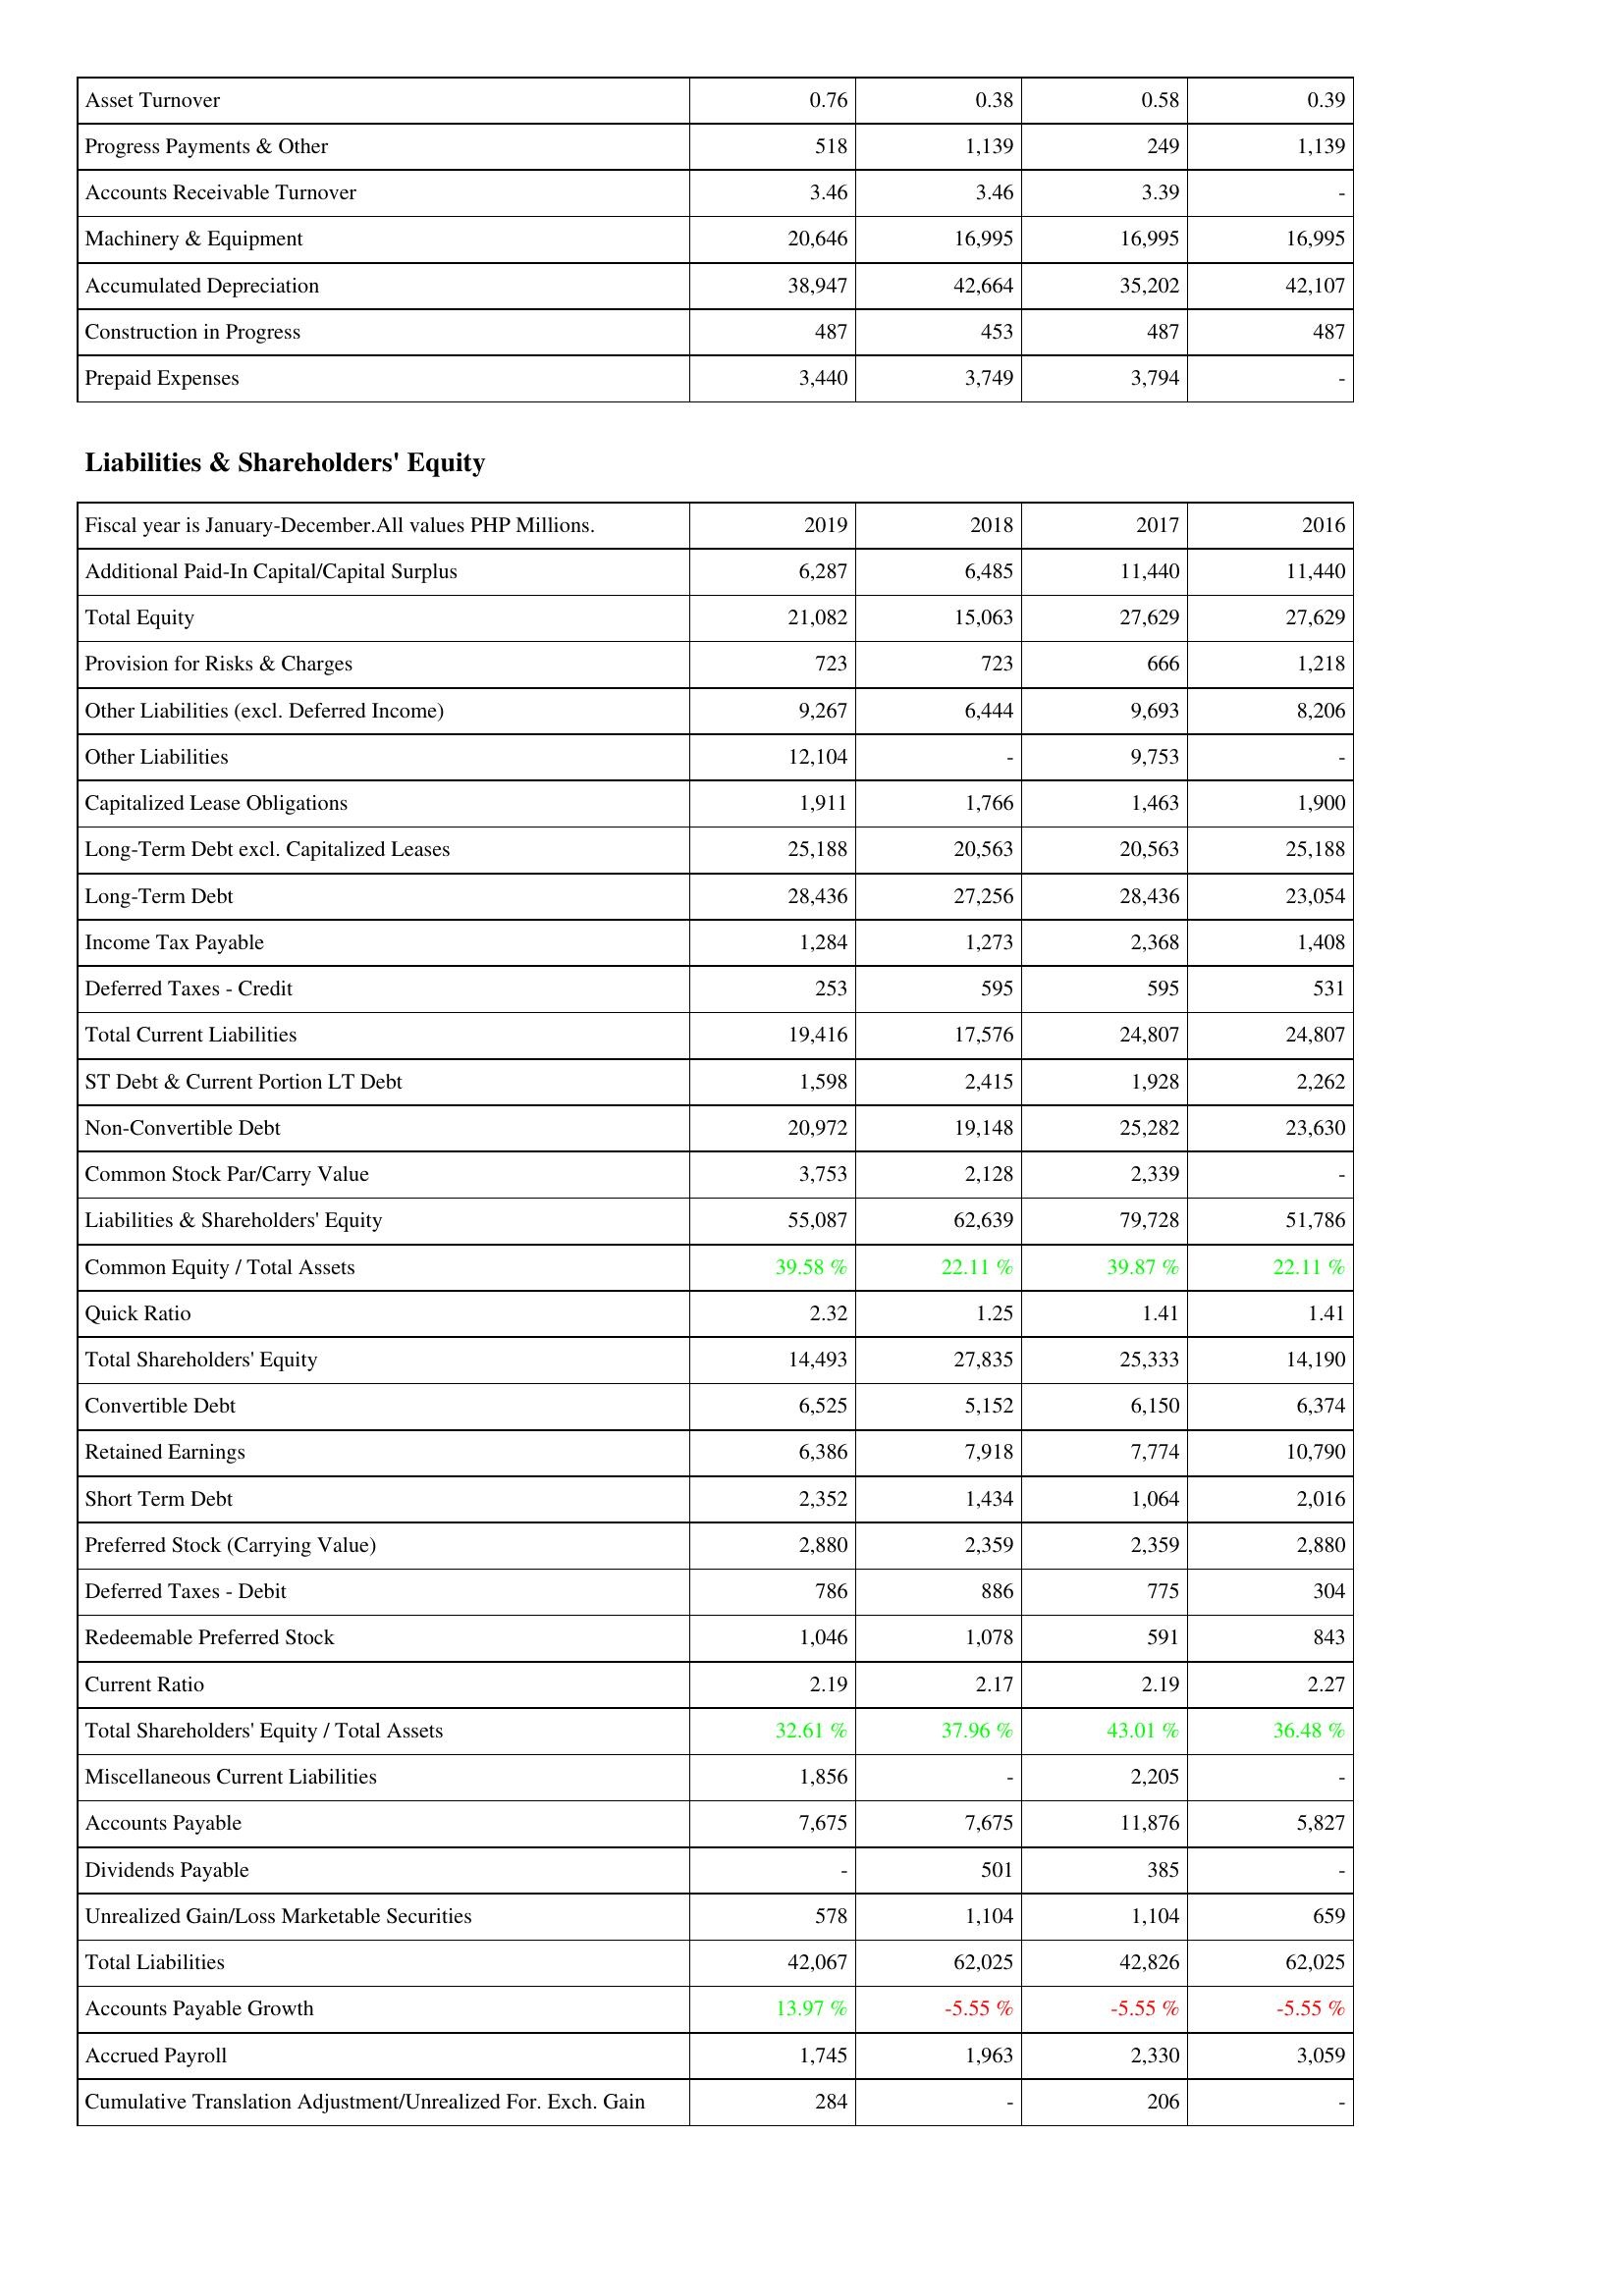
2019: Assets: Asset Turnover: 0.76
Progress Payments & Other: 518
Accounts Receivable Turnover: 3.46
Machinery & Equipment: 20,646
Accumulated Depreciation: 38,947
Construction in Progress: 487
Prepaid Expenses: 3,440
Liabilities & Shareholders' Equity: Additional Paid-In Capital/Capital Surplus: 6,287
Total Equity: 21,082
Provision for Risks & Charges: 723
Other Liabilities (excl. Deferred Income): 9,267
Other Liabilities: 12,104
Capitalized Lease Obligations: 1,911
Long-Term Debt excl. Capitalized Leases: 25,188
Long-Term Debt: 28,436
Income Tax Payable: 1,284
Deferred Taxes - Credit: 253
Total Current Liabilities: 19,416
ST Debt & Current Portion LT Debt: 1,598
Non-Convertible Debt: 20,972
Common Stock Par/Carry Value: 3,753
Liabilities & Shareholders' Equity: 55,087
Common Equity / Total Assets: 39.58 %
Quick Ratio: 2.32
Total Shareholders' Equity: 14,493
Convertible Debt: 6,525
Retained Earnings: 6,386
Short Term Debt: 2,352
Preferred Stock (Carrying Value): 2,880
Deferred Taxes - Debit: 786
Redeemable Preferred Stock: 1,046
Current Ratio: 2.19
Total Shareholders' Equity / Total Assets: 32.61 %
Miscellaneous Current Liabilities: 1,856
Accounts Payable: 7,675
Dividends Payable: -
Unrealized Gain/Loss Marketable Securities: 578
Total Liabilities: 42,067
Accounts Payable Growth: 13.97 %
Accrued Payroll: 1,745
Cumulative Translation Adjustment/Unrealized For. Exch. Gain: 284
2018: Assets: Asset Turnover: 0.38
Progress Payments & Other: 1,139
Accounts Receivable Turnover: 3.46
Machinery & Equipment: 16,995
Accumulated Depreciation: 42,664
Construction in Progress: 453
Prepaid Expenses: 3,749
Liabilities & Shareholders' Equity: Additional Paid-In Capital/Capital Surplus: 6,485
Total Equity: 15,063
Provision for Risks & Charges: 723
Other Liabilities (excl. Deferred Income): 6,444
Other Liabilities: -
Capitalized Lease Obligations: 1,766
Long-Term Debt excl. Capitalized Leases: 20,563
Long-Term Debt: 27,256
Income Tax Payable: 1,273
Deferred Taxes - Credit: 595
Total Current Liabilities: 17,576
ST Debt & Current Portion LT Debt: 2,415
Non-Convertible Debt: 19,148
Common Stock Par/Carry Value: 2,128
Liabilities & Shareholders' Equity: 62,639
Common Equity / Total Assets: 22.11 %
Quick Ratio: 1.25
Total Shareholders' Equity: 27,835
Convertible Debt: 5,152
Retained Earnings: 7,918
Short Term Debt: 1,434
Preferred Stock (Carrying Value): 2,359
Deferred Taxes - Debit: 886
Redeemable Preferred Stock: 1,078
Current Ratio: 2.17
Total Shareholders' Equity / Total Assets: 37.96 %
Miscellaneous Current Liabilities: -
Accounts Payable: 7,675
Dividends Payable: 501
Unrealized Gain/Loss Marketable Securities: 1,104
Total Liabilities: 62,025
Accounts Payable Growth: -5.55 %
Accrued Payroll: 1,963
Cumulative Translation Adjustment/Unrealized For. Exch. Gain: -
2017: Assets: Asset Turnover: 0.58
Progress Payments & Other: 249
Accounts Receivable Turnover: 3.39
Machinery & Equipment: 16,995
Accumulated Depreciation: 35,202
Construction in Progress: 487
Prepaid Expenses: 3,794
Liabilities & Shareholders' Equity: Additional Paid-In Capital/Capital Surplus: 11,440
Total Equity: 27,629
Provision for Risks & Charges: 666
Other Liabilities (excl. Deferred Income): 9,693
Other Liabilities: 9,753
Capitalized Lease Obligations: 1,463
Long-Term Debt excl. Capitalized Leases: 20,563
Long-Term Debt: 28,436
Income Tax Payable: 2,368
Deferred Taxes - Credit: 595
Total Current Liabilities: 24,807
ST Debt & Current Portion LT Debt: 1,928
Non-Convertible Debt: 25,282
Common Stock Par/Carry Value: 2,339
Liabilities & Shareholders' Equity: 79,728
Common Equity / Total Assets: 39.87 %
Quick Ratio: 1.41
Total Shareholders' Equity: 25,333
Convertible Debt: 6,150
Retained Earnings: 7,774
Short Term Debt: 1,064
Preferred Stock (Carrying Value): 2,359
Deferred Taxes - Debit: 775
Redeemable Preferred Stock: 591
Current Ratio: 2.19
Total Shareholders' Equity / Total Assets: 43.01 %
Miscellaneous Current Liabilities: 2,205
Accounts Payable: 11,876
Dividends Payable: 385
Unrealized Gain/Loss Marketable Securities: 1,104
Total Liabilities: 42,826
Accounts Payable Growth: -5.55 %
Accrued Payroll: 2,330
Cumulative Translation Adjustment/Unrealized For. Exch. Gain: 206
2016: Assets: Asset Turnover: 0.39
Progress Payments & Other: 1,139
Accounts Receivable Turnover: -
Machinery & Equipment: 16,995
Accumulated Depreciation: 42,107
Construction in Progress: 487
Prepaid Expenses: -
Liabilities & Shareholders' Equity: Additional Paid-In Capital/Capital Surplus: 11,440
Total Equity: 27,629
Provision for Risks & Charges: 1,218
Other Liabilities (excl. Deferred Income): 8,206
Other Liabilities: -
Capitalized Lease Obligations: 1,900
Long-Term Debt excl. Capitalized Leases: 25,188
Long-Term Debt: 23,054
Income Tax Payable: 1,408
Deferred Taxes - Credit: 531
Total Current Liabilities: 24,807
ST Debt & Current Portion LT Debt: 2,262
Non-Convertible Debt: 23,630
Common Stock Par/Carry Value: -
Liabilities & Shareholders' Equity: 51,786
Common Equity / Total Assets: 22.11 %
Quick Ratio: 1.41
Total Shareholders' Equity: 14,190
Convertible Debt: 6,374
Retained Earnings: 10,790
Short Term Debt: 2,016
Preferred Stock (Carrying Value): 2,880
Deferred Taxes - Debit: 304
Redeemable Preferred Stock: 843
Current Ratio: 2.27
Total Shareholders' Equity / Total Assets: 36.48 %
Miscellaneous Current Liabilities: -
Accounts Payable: 5,827
Dividends Payable: -
Unrealized Gain/Loss Marketable Securities: 659
Total Liabilities: 62,025
Accounts Payable Growth: -5.55 %
Accrued Payroll: 3,059
Cumulative Translation Adjustment/Unrealized For. Exch. Gain: -